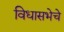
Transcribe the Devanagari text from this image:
विधासभेचे